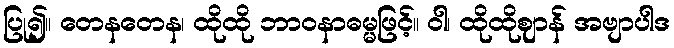
ပြု၍။ တေနတေန၊ ထိုထို ဘာဝနာဓမ္မဖြင့်။ ဝါ၊ ထိုထိုဈာန် အဗျာပါဒ